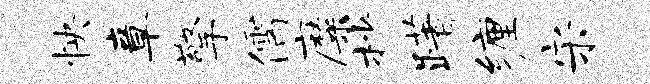
怏章擎儒靡杪躇缠宋